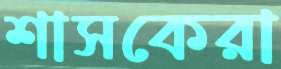
শাসকেরা